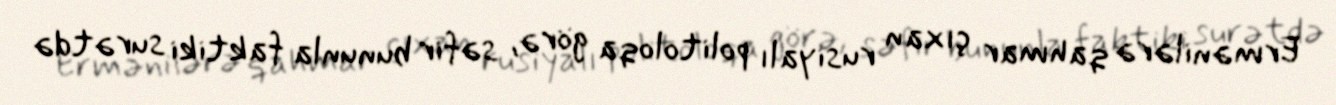
Ermənilərə qahmar çıxan rusiyalı politoloqa görə, səfir bununla faktiki surətdə